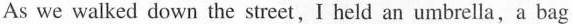
As we walked down the street,I held an umbrella,a bag